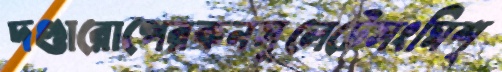
দণ্ডারোপেরকনসুলেটেসংমিশ্